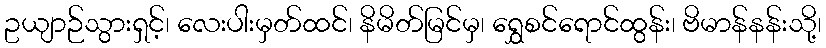
ဥယျာဉ်သွားရှင့်၊ လေးပါးမှတ်ထင်၊ နိမိတ်မြင်မှ၊ ရွှေစင်ရောင်ထွန်း၊ ဗိမာန်နန်းသို့၊